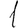
Digit: 1